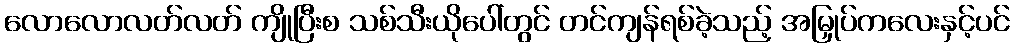
လောလောလတ်လတ် ကျိုပြီးစ သစ်သီးယိုပေါ်တွင် တင်ကျန်ရစ်ခဲ့သည့် အမြှုပ်ကလေးနှင့်ပင်